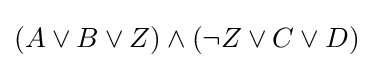
(A\lor B\lor Z)\land (\lnot Z\lor C\lor D)